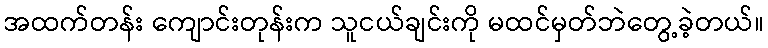
အထက်တန်း ကျောင်းတုန်းက သူငယ်ချင်းကို မထင်မှတ်ဘဲတွေ့ခဲ့တယ်။